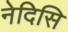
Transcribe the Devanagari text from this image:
नेदिसि